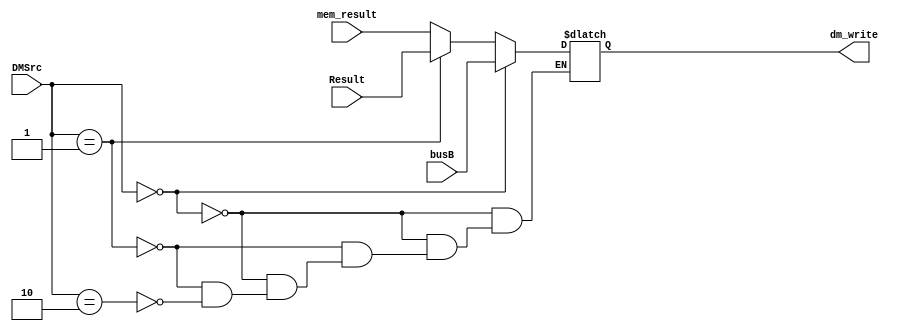
// 

module dm_in_mux (
    busB,Result,mem_result,DMSrc,
    dm_write
);

input[31:0] busB,Result,mem_result;
input[1:0] DMSrc;
output reg[31:0] dm_write;

initial begin
    dm_write=0;
end

always @(*) begin
    if(DMSrc==2'b00)begin
        dm_write=busB;
    end
    else if(DMSrc==2'b01)begin
        dm_write=Result;
    end
    else if(DMSrc==2'b10)begin
        dm_write=mem_result;
    end
end

endmodule